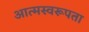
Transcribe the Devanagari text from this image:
आत्मस्वरूपता